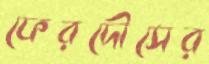
ফেরদৌসের